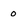
Character: 0